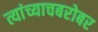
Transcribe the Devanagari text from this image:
त्यांच्याचबरोबर